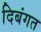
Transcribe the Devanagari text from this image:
दिबंगत